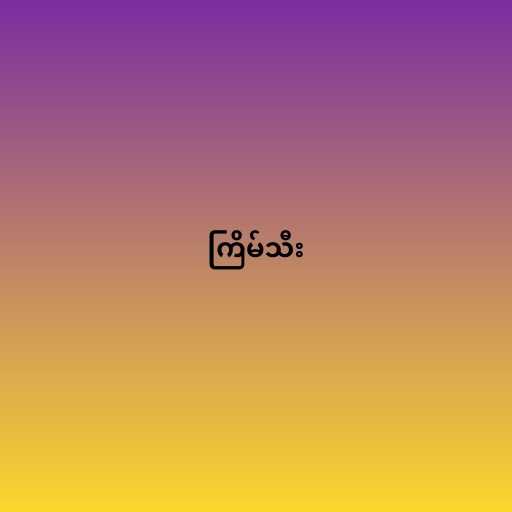
ကြိမ်သီး